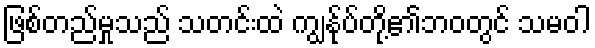
ဖြစ်တည်မှုသည် သတင်းထဲ ကျွန်ုပ်တို့၏ဘဝတွင် သမဝါ